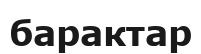
барактар